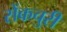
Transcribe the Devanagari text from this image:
सेंकचुरी